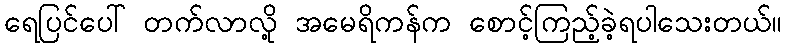
ရေပြင်ပေါ် တက်လာလို့ အမေရိကန်က စောင့်ကြည့်ခဲ့ရပါသေးတယ်။